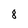
Character: 8